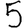
Digit: 5